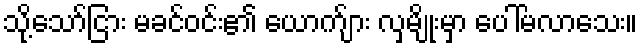
သို့သော်ငြား မခင်ဝင်း၏ ယောက်ျား လှမျိုးမှာ ပေါ်မလာသေး။